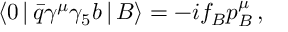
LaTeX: \langle 0 \, | \, \bar { q } \gamma ^ { \mu } \gamma _ { 5 } b \, | \, B \rangle = - i f _ { B } p _ { B } ^ { \mu } \, ,